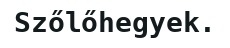
Szőlőhegyek.